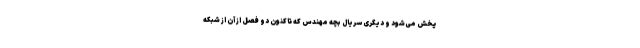
پخش می‌شود و دیگری سریال بچه مهندس که تاکنون دو فصل از آن از شبکه